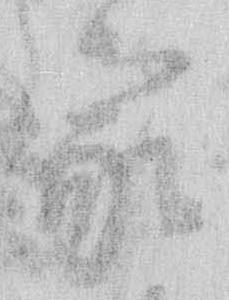
家